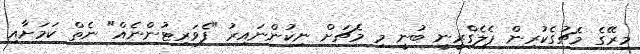
މިރޭގެ މެޗުގެކުރިން ޕެލެގްރީނީ ބުނީ މި މެޗަށް ނިކުންނައިރު "ފެވަރިޓުންނެއް" ނެތް ކަމަށާއި